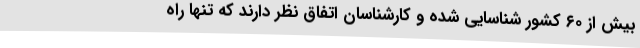
بیش از ۶۰ کشور شناسایی شده و کارشناسان اتفاق نظر دارند که تنها راه